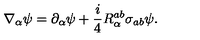
\nabla _ { \alpha } \psi = \partial _ { \alpha } \psi + \frac i 4 R _ { \alpha } ^ { a b } \sigma _ { a b } \psi .